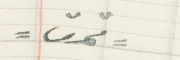
- تمت -